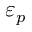
\varepsilon _ { p }